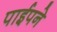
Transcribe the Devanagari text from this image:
पाईपने